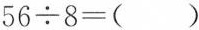
$$5 6 ÷ 8 = ( )$$